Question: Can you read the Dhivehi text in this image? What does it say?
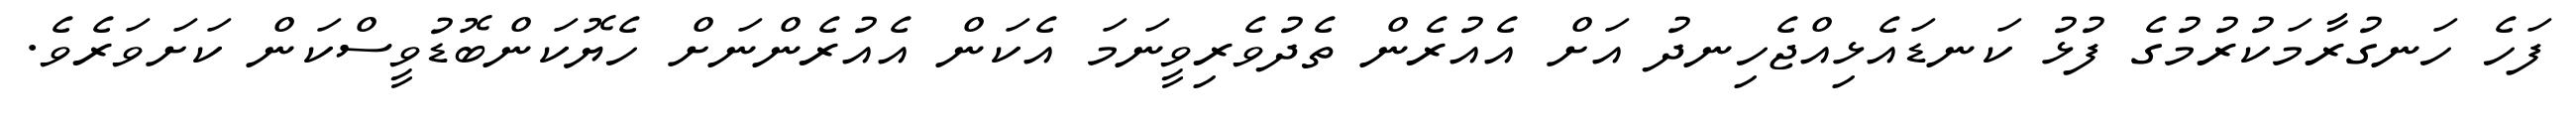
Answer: ފަހެ ހަނގުރާމަކުރުމުގެ ފުޅު ކަނޑައެޅިއްޖެހިނދު އަށް އެއުރެން ތެދުވެރިވީނަމަ އެކަން އެއުރެންނަށް ހެޔޮކަންބޮޑުވީސްކަން ކަށަވަރެވެ.